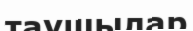
таушылар